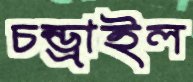
চন্ড্রাইল